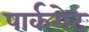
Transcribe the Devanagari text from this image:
पार्कगेट